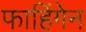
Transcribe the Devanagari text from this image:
फाहिंगेन